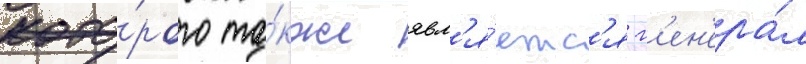
кото́рого та́кже явл'я́етс'я г'ен'ера́л